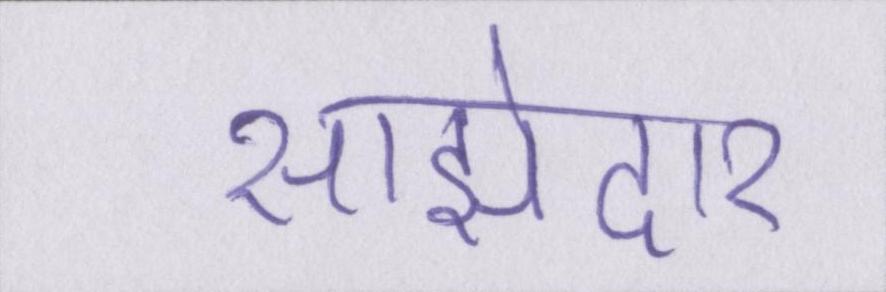
साझेदार